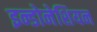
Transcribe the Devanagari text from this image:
इन्डोनेशियन